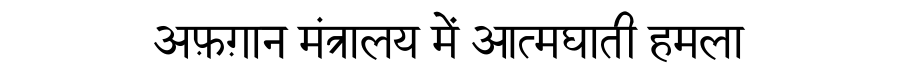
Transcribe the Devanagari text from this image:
अफ़ग़ान मंत्रालय में आत्मघाती हमला